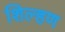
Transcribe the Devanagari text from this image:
शिल्हण